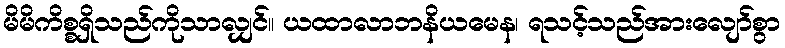
မိမိကိစ္စရှိသည်ကိုသာလျှင်။ ယထာလာဘနိယမေန၊ ရသင့်သည်အားလျော်စွာ